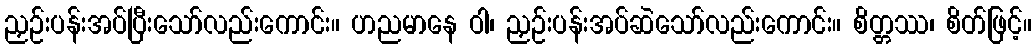
ညှဉ်းပန်းအပ်ပြီးသော်လည်းကောင်း။ ဟညမာနေ ဝါ၊ ညှဉ်းပန်းအပ်ဆဲသော်လည်းကောင်း။ စိတ္တဿ၊ စိတ်ဖြင့်။